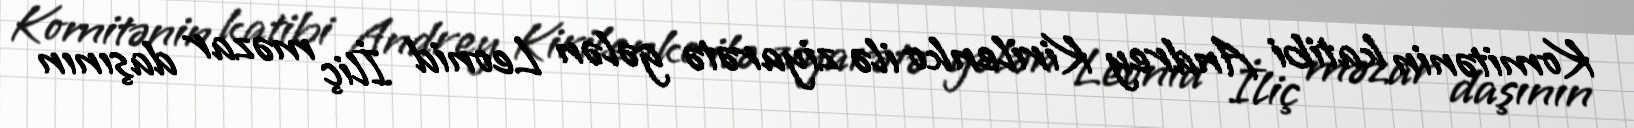
Komitənin katibi Andrey Kirilenko ilə ziyarətə gələn Leonid İliç məzar daşının